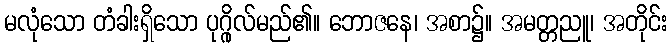
မလုံသော တံခါးရှိသော ပုဂ္ဂိုလ်မည်၏။ ဘောဇနေ၊ အစာ၌။ အမတ္တညူ၊ အတိုင်း